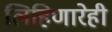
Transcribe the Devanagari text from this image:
लिहिणारेही